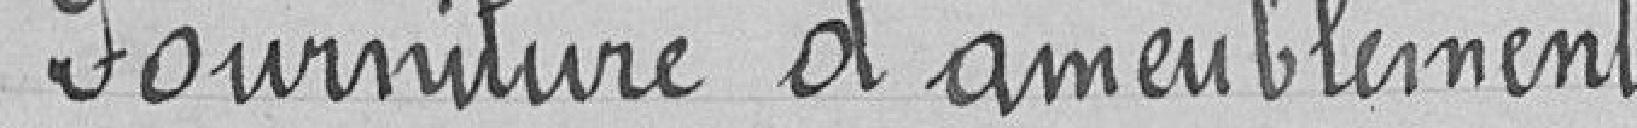
Fourniture d'ameublement